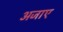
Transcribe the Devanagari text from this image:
अजाए